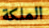
الملكة